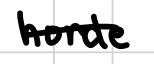
Text: horde
Cross-out: single-line
Writing tool: digital_black